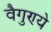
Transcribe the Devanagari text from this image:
वैगुण्ये